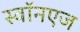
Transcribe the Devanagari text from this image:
स्वॉनएज